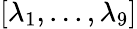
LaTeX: [\lambda_{1},...,\lambda_{9}]